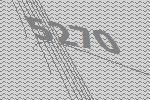
5270